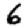
Digit: 6